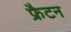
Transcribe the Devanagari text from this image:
फ्रैटन